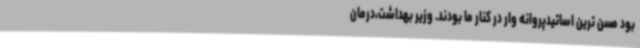
بود مسن ترین اساتیدپروانه وار در کنار ما بودند. وزیر بهداشت،درمان